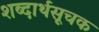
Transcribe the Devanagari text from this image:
शब्दार्थसूचक